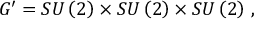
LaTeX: G ^ { \prime } = S U \left( 2 \right) \times S U \left( 2 \right) \times S U \left( 2 \right) \, ,